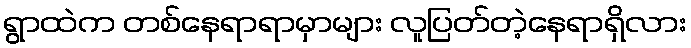
ရွာထဲက တစ်နေရာရာမှာများ လူပြတ်တဲ့နေရာရှိလား